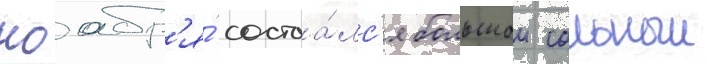
ноабр'я́ состоа́лс'я большои сольныи